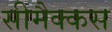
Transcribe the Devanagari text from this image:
सीमैक्कस